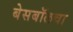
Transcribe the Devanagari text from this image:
बेसबॉलचा